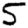
Digit: 5